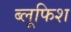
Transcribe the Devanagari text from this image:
ब्लूफिश